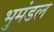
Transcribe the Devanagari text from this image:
भुमंडल